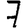
Digit: 7